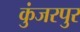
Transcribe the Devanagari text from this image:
कुंजरपुर